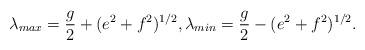
LaTeX: \begin{align*}\lambda_{max} = \frac{g}{2} + (e^2 + f^2)^{1/2}, \lambda_{min} =\frac{g}{2} - (e^2 + f^2)^{1/2}.\end{align*}